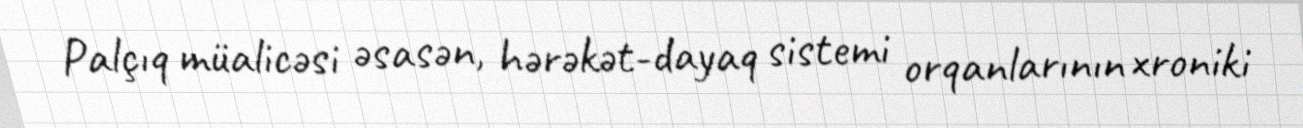
Palçıq müalicəsi əsasən, hərəkət-dayaq sistemi orqanlarının xroniki